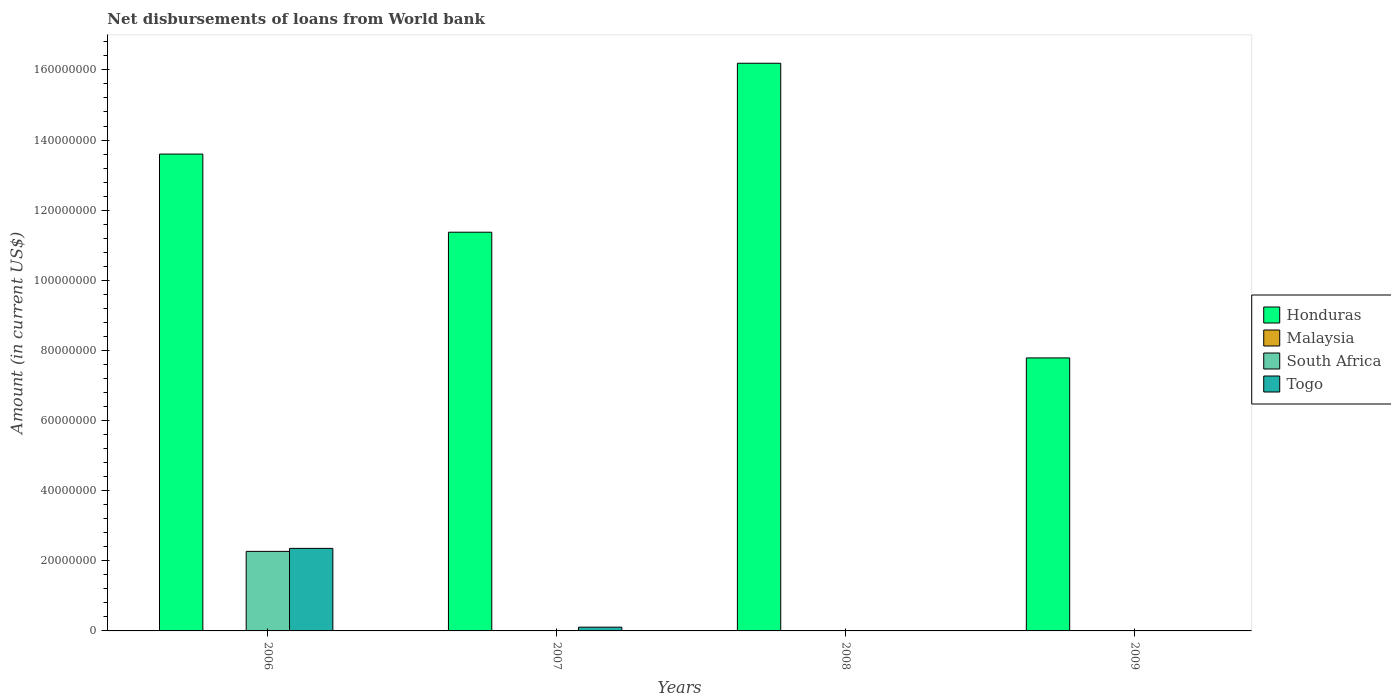
| Years | Honduras | Malaysia | South Africa | Togo |
 | --- | --- | --- | --- | --- |
 | 2006 | 1.36e+08 | -1.37e+08 | 2.27e+07 | 2.35e+07 |
 | 2007 | 1.14e+08 | -3.33e+08 | -2.57e+07 | 1.07e+06 |
 | 2008 | 1.62e+08 | -8.68e+07 | -2.27e+07 | -1.37e+08 |
 | 2009 | 7.79e+07 | -9.41e+07 | -5.63e+06 | -2.71e+07 |